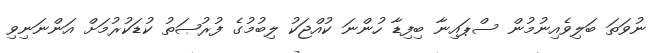
ނުވަތަ ބަލިވެއިނުމުން ސްޕައިނާ ބިފިޑާ ހުންނަ ކުއްޖަކު ލިބުމުގެ ފުރުޞަތު ކުޑަކުރުމަށް އަންނަނިވި